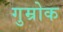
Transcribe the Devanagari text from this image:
गुम्रोक